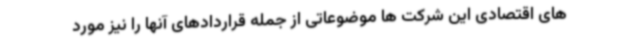
های اقتصادی این شرکت ها موضوعاتی از جمله قراردادهای آنها را نیز مورد